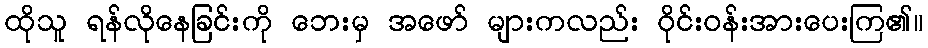
ထိုသူ ရန်လိုနေခြင်းကို ဘေးမှ အဖော် များကလည်း ဝိုင်းဝန်းအားပေးကြ၏။